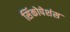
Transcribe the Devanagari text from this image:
सिंकोपेशंस